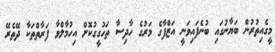
މީގެއިތުރުން ބަޔާނުގައި ބުނެފައިވަނީ އަޒްފާގެ މަރުގެ ހާދިސާ ތަހުގީގުކޮށް އިހުމާލްވާ ފަރާތްތަކާ ދޭތެރޭ